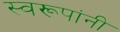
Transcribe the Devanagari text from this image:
स्वरूपांनी